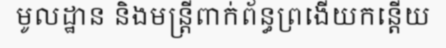
មូលដ្ឋាន និងមន្ត្រីពាក់ព័ន្ធព្រងើយកន្តើយ